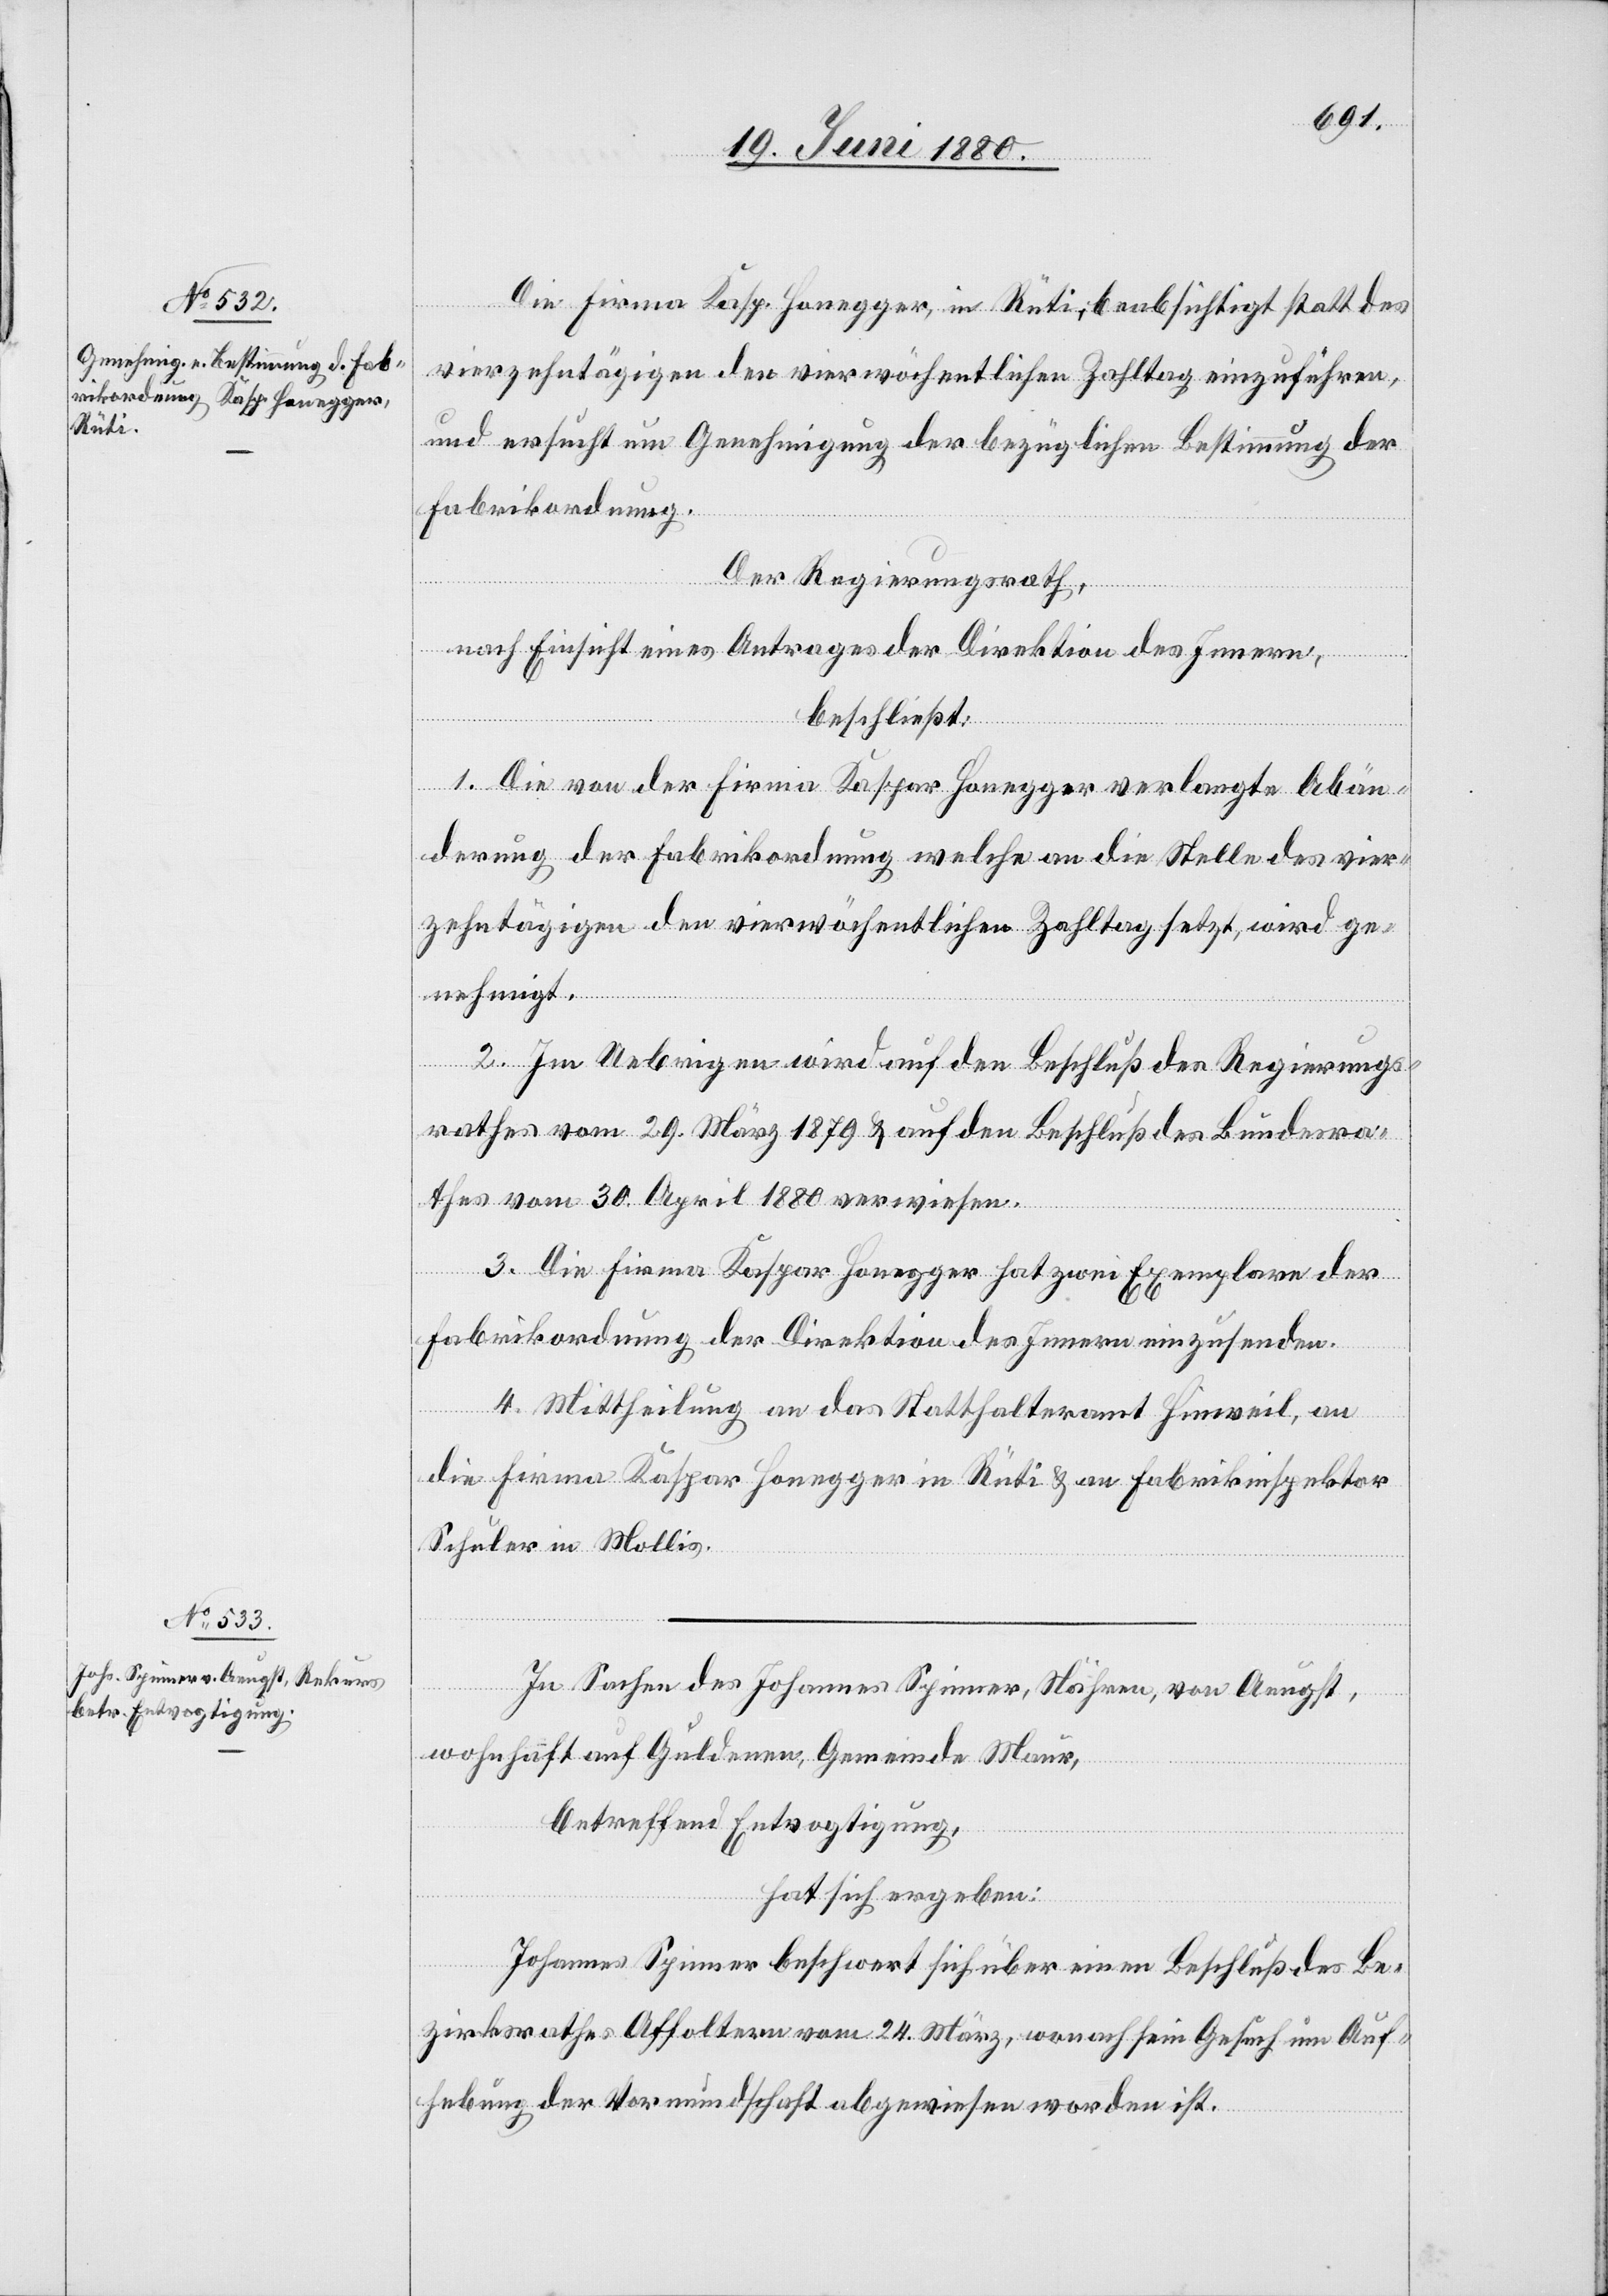
Die Firma Kasp. Honegger, in Rüti, beabsichtigt statt des
vierzehntägigen den vierwöchentlichen Zahltag einzuführen,
und ersucht um Genehmigung der bezüglichen Bestimmung der
Fabrikordnung.
Der Regierungsrath;
nach Einsicht eines Antrages der Direktion des Innern,
beschließt:
1. Die von der Firma Kaspar Honegger verlangte Abän¬
derung der Fabrikordnung welche an die Stelle des vier¬
zehntägigen den vierwöchentlichen Zahltag setzt, wird ge¬
nehmigt.
2. Im Uebrigen wird auf den Beschluß des Regierungs¬
rathes vom 29. März 1879 & auf den Beschluß des Bundesra¬
thes vom 30. April 1880 verwiesen.
3. Die Firma Kaspar Honegger hat zwei Exemplare der
Fabrikordnung der Direktion des Innern einzusenden.
4. Mittheilung an das Satthalteramt Hinweil, an
die Firma Kaspar Honegger in Rüti & an Fabrikinspektor
Schuler in Mollis.
In Sachen des Johannes Spinner, Nähren, von Aeugst,
wohnhaft auf Guldenen, Gemeinde Maur,
hat sich ergeben:
Johannes Spinner beschwert sich über einen Beschluß des Be¬
zirksrathes Affoltern vom 24. März, wonach sein Gesuch um Auf¬
hebung der Vormundschaft abgewiesen worden ist.